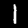
Digit: 1